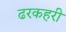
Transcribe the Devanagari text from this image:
ढरकहरी